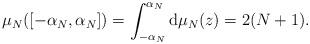
LaTeX: \begin{align*}\mu_{N}([-\alpha_{N}, \alpha_{N}]) = \int_{-\alpha_{N}}^{\alpha_{N}} \mathrm{d}\mu_{N}(z) = 2(N+1). \end{align*}